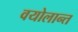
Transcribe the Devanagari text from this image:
वयोलान्त